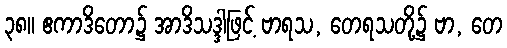
၃၈။ ဧကာဒိတော၌ အာဒိသဒ္ဒါဖြင့် ဗာရသ, တေရသတို့၌ ဗာ, တေ